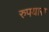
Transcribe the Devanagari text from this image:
रुपयास